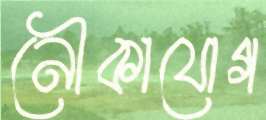
নৌকাযোগ